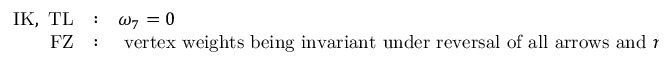
\begin{array} { r l l } { { \mathrm { I K , ~ T L } } } & { { : } } & { { \omega _ { 7 } = 0 } } \\ { { \mathrm { ~ F Z } } } & { { : } } & { { \mathrm { ~ v e r t e x ~ w e i g h t s ~ b e i n g ~ i n v a r i a n t ~ u n d e r ~ r e v e r s a l ~ o f ~ a l l ~ a r r o w s ~ a n d ~ } n = 2 . } } \end{array}